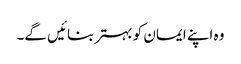
وہ اپنے ایمان کو بہتر بنائیں گے۔